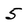
Character: 5